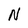
Character: N